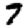
Digit: 7